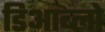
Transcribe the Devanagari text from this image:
डिआब्लो